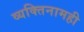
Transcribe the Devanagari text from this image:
व्यक्तिनामही